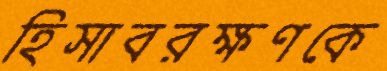
হিসাবরক্ষণকে